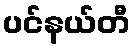
ပင်နယ်တီ